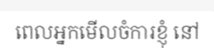
ពេលអ្នកមើលចំការខ្ញុំ នៅ